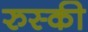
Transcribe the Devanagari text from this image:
रुस्की